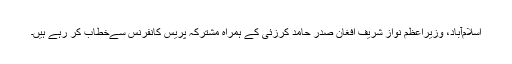
اسلام‌آباد، وزیراعظم نواز شریف افغان صدر حامد کرزئی کے ہمراہ مشترکہ پریس کانفرنس سے‌خطاب کر رہے ہیں۔